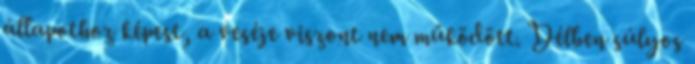
állapothoz képest, a veséje viszont nem működött. Délben súlyos